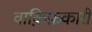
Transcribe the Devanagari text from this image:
वाक़िफ़कारी